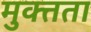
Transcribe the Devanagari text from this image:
मुक्त्तता